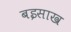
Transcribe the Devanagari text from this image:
बइसाख